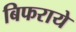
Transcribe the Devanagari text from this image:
बिफराये